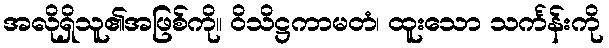
အလိုရှိသူ၏အဖြစ်ကို။ ဝိသိဋ္ဌကာမတံ၊ ထူးသော သင်္ကန်းကို